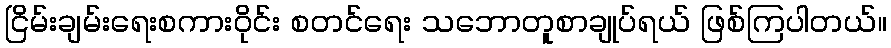
ငြိမ်းချမ်းရေးစကားဝိုင်း စတင်ရေး သဘောတူစာချုပ်ရယ် ဖြစ်ကြပါတယ်။